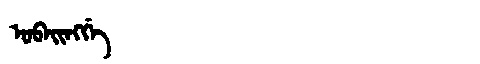
Manchu: ᡠᠪᠠᡳᠩᡤᡝ
Romanization: UBAINGGE